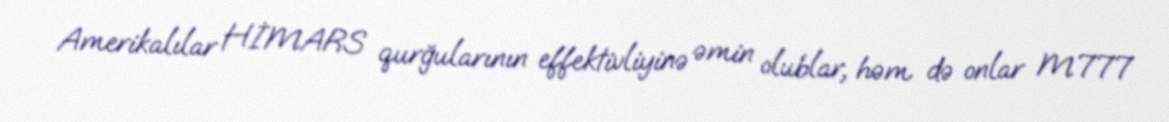
Amerikalılar HİMARS qurğularının effektivliyinə əmin olublar, həm də onlar M777